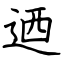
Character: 迺